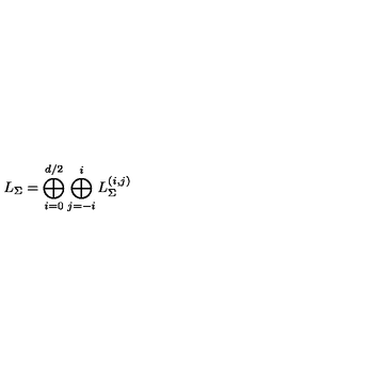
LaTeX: L _ { \Sigma } = \bigoplus _ { i = 0 } ^ { d / 2 } \bigoplus _ { j = - i } ^ { i } L _ { \Sigma } ^ { ( i , j ) }